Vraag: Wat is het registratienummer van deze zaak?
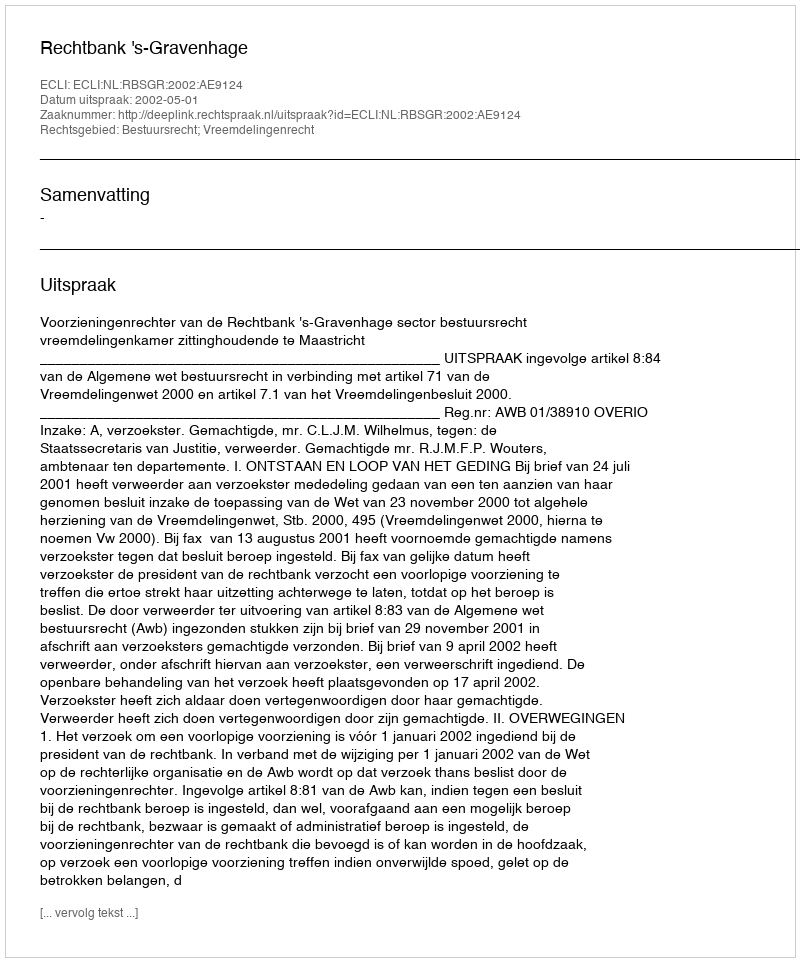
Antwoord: http://deeplink.rechtspraak.nl/uitspraak?id=ECLI:NL:RBSGR:2002:AE9124